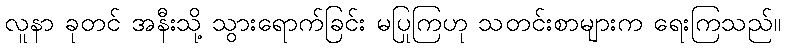
လူနာ ခုတင် အနီးသို့ သွားရောက်ခြင်း မပြုကြဟု သတင်းစာများက ရေးကြသည်။